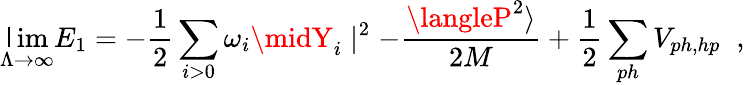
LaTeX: \operatorname*{\mathsf{l}im}_{\Lambda\to\infty}E_{1}=-\frac{{1}}{{2}}\sum_{i>0}\omega_{i}\midY_{i}\mid^{2}-\frac{{\langleP^{2}\rangle}}{{2M}}+\frac{{1}}{{2}}\sum_{ph}V_{ph,hp}\; \; ,